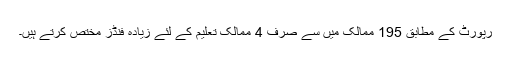
رپورٹ کے مطابق 195 ممالک میں سے صرف 4 ممالک تعلیم کے لئے زیادہ فنڈز مختص کرتے ہیں۔